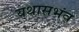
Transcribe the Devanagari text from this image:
यथासभंव